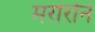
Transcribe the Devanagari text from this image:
मरोरनि